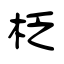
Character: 柉